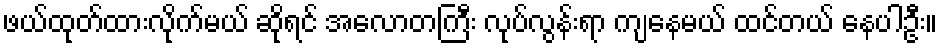
ဖယ်ထုတ်ထားလိုက်မယ် ဆိုရင် အလောတကြီး လုပ်လွန်းရာ ကျနေမယ် ထင်တယ် နေပါဦး။